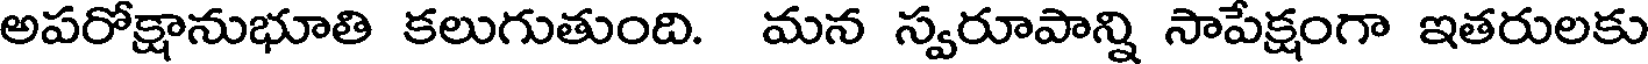
అపరోక్షానుభూతి కలుగుతుంది. మన స్వరూపాన్ని సాపేక్షంగా ఇతరులకు